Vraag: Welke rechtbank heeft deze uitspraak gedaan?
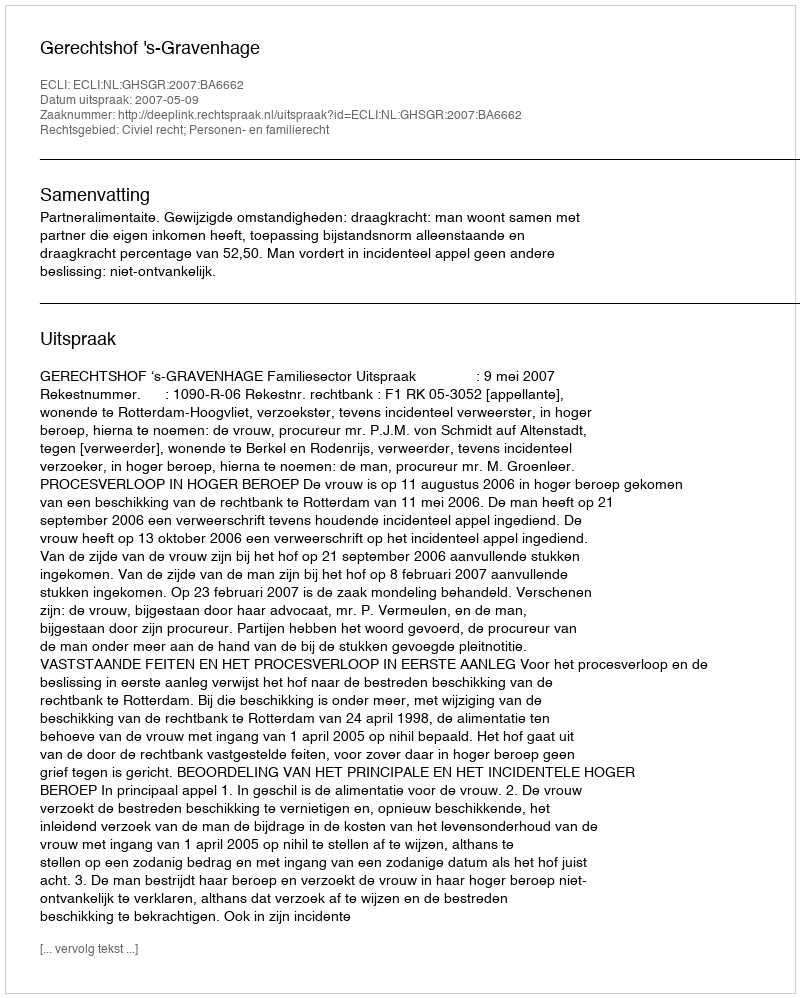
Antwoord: Gerechtshof 's-Gravenhage